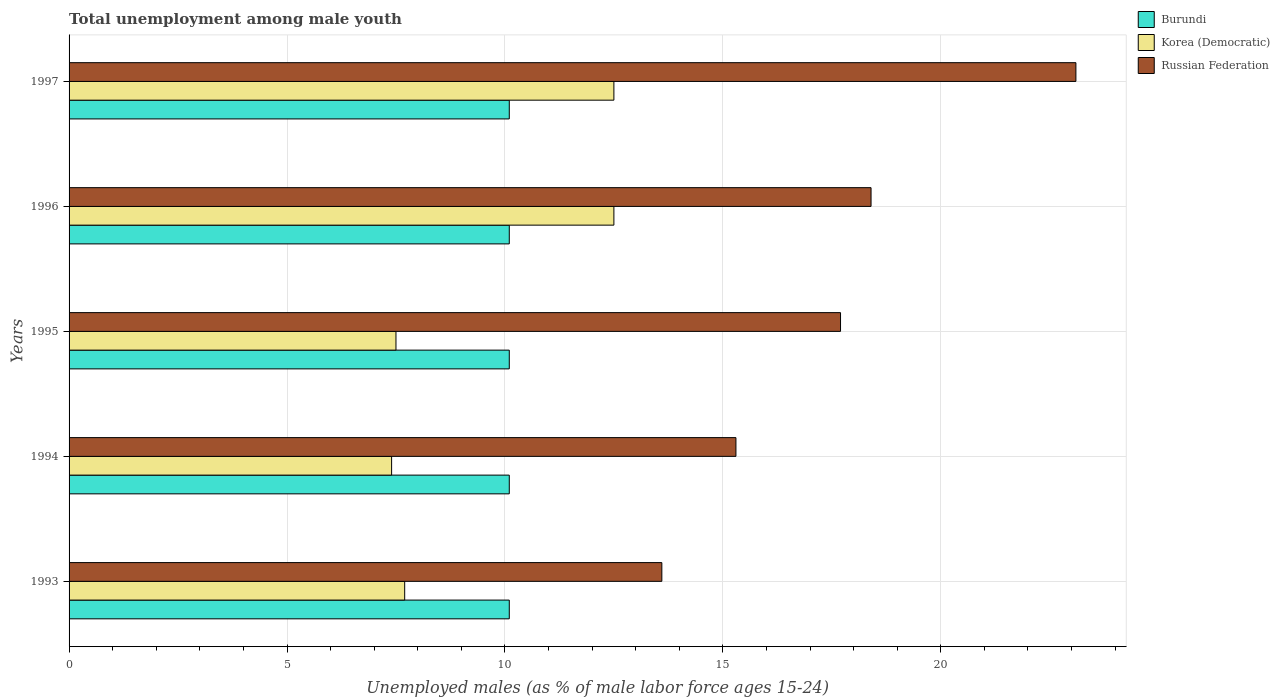
| Years | Burundi | Korea (Democratic) | Russian Federation |
 | --- | --- | --- | --- |
 | 1993 | 10.1 | 7.7 | 13.6 |
 | 1994 | 10.1 | 7.4 | 15.3 |
 | 1995 | 10.1 | 7.5 | 17.7 |
 | 1996 | 10.1 | 12.5 | 18.4 |
 | 1997 | 10.1 | 12.5 | 23.1 |